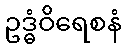
ဥဒ္ဓံဝိရေစနံ